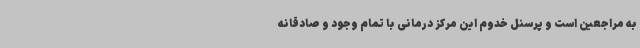
به مراجعین است و پرسنل خدوم این مرکز درمانی با تمام وجود و صادقانه